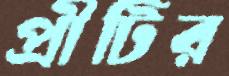
প্রীটির